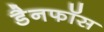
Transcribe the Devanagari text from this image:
डैनफॉस